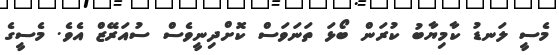
މެސީ ލަނޑު ކާމިޔާބު ކުރަން ބޯޅަ ތަނަވަސް ކޮށްދިނީވެސް ސުއަރޭޒް އެވެ. މެސީގެ